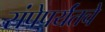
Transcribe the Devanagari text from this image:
संपेपर्यंतचे